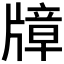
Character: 𱭠